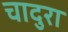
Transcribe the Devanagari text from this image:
चादुरा